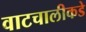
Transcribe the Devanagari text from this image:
वाटचालीकडे